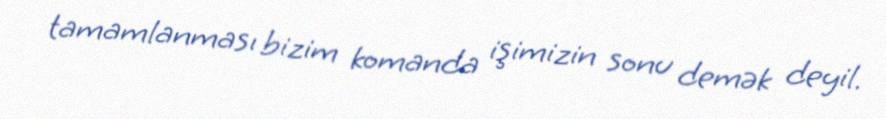
tamamlanması bizim komanda işimizin sonu demək deyil.